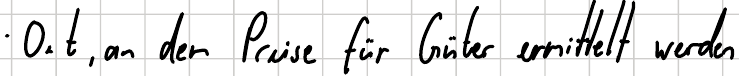
Ort, an der Preise für Güter ermittelt werden